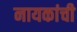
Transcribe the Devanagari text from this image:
नायकांची